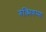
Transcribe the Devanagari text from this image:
रुक्मिणम्मा